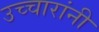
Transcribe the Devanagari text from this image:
उच्चारांनी